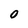
Character: O